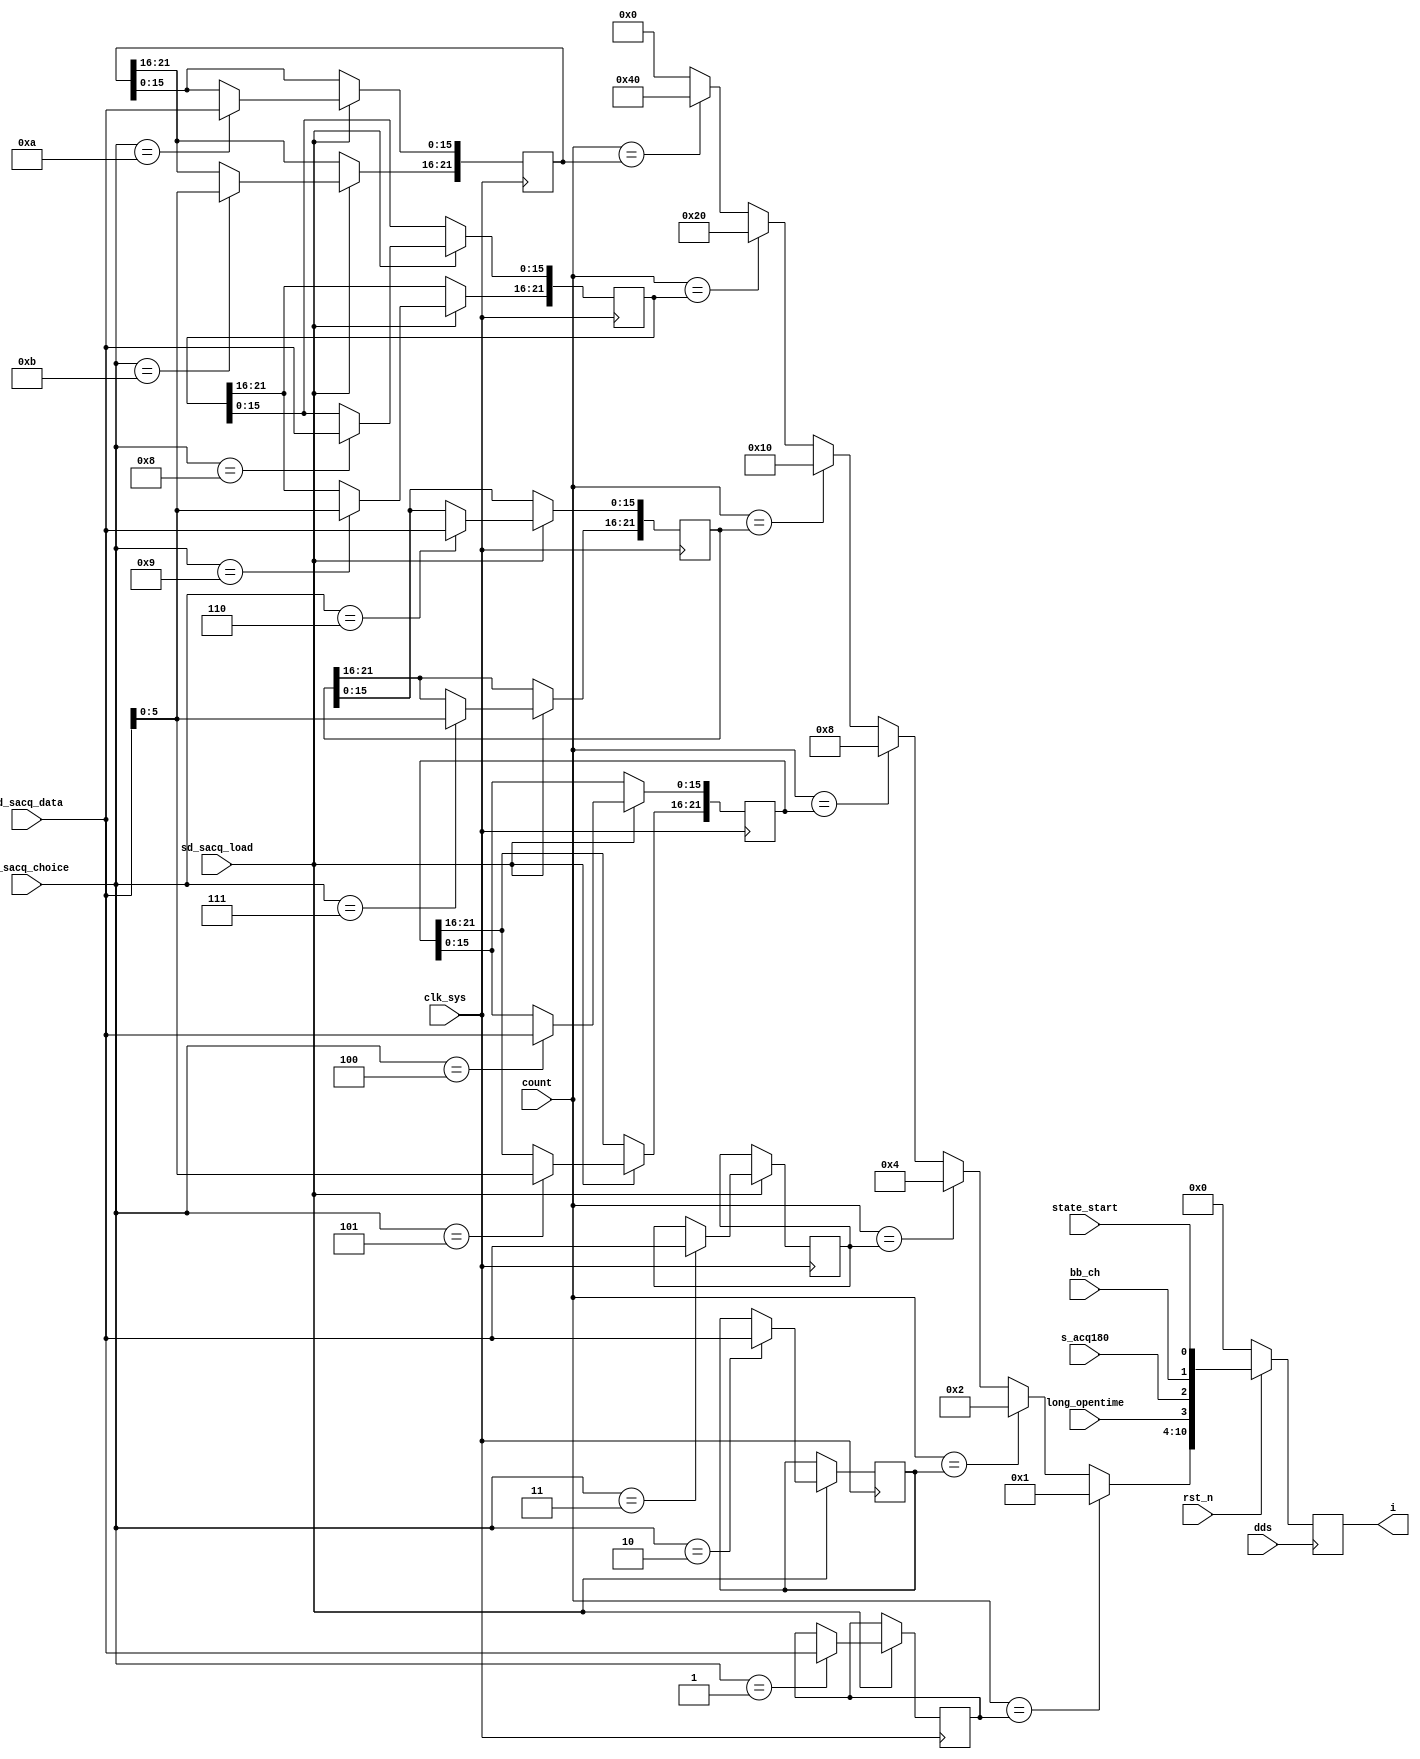
// sd_acq_coder.v
module sd_sacq_coder(
                     clk_sys,
                     dds,
                     rst_n,
                     count,
                     sd_sacq_load,
                     sd_sacq_choice,
                     sd_sacq_data,                
                     state_start,
                     i,
                     bb_ch,
                     s_acq180,
                     long_opentime
                     );
input clk_sys;
input dds;
input rst_n;
input [21:0] count;
input sd_sacq_load;
input [3:0]sd_sacq_choice;
input [15:0]sd_sacq_data;
input state_start;
input bb_ch;
input s_acq180;
input long_opentime;

output reg[10:0] i;

reg [15:0] sd_sacq_data1;
reg [15:0] sd_sacq_data2;
reg [15:0] sd_sacq_data3;
reg [21:0] sd_sacq_data4;
reg [21:0] sd_sacq_data5;

/*  2014-09-22*/
reg [21:0] sd_sacq_data6;
reg [21:0] sd_sacq_data7;
/*=======================*/

reg [6:0] i_reg;



always @ (posedge clk_sys)
    begin
         if(sd_sacq_load == 1'b1)
             begin
                  case(sd_sacq_choice)
                      1:
                          begin
                               sd_sacq_data1 <= sd_sacq_data;
                          end
                      2:
                          begin
                               sd_sacq_data2 <= sd_sacq_data;
                          end
                      3:
                          begin
                               sd_sacq_data3 <= sd_sacq_data;
                          end
                     
                      4:
                          begin
                               sd_sacq_data4[15:0] <= sd_sacq_data;
                          end
                       
                      5:
                          begin
                               sd_sacq_data4[21:16] <= sd_sacq_data[5:0];
                          end
                      
                      6:
                          begin
                               sd_sacq_data5[15:0] <= sd_sacq_data;
                          end
                      
                      7:
                          begin
                               sd_sacq_data5[21:16] <= sd_sacq_data[5:0];
                          end
                      8:
                          begin
                               sd_sacq_data6[15:0] <= sd_sacq_data;    //data6
                          end
                      
                      9:
                          begin
                               sd_sacq_data6[21:16] <= sd_sacq_data[5:0];  //data6
                          end 

                      10:
                          begin
                               sd_sacq_data7[15:0] <= sd_sacq_data;       //data7
                          end
                      
                      11:
                          begin
                               sd_sacq_data7[21:16] <= sd_sacq_data[5:0]; //data7
                          end
                     
                  endcase

                        
            end
        else
            begin
                 sd_sacq_data1 <= sd_sacq_data1;
                 sd_sacq_data2 <= sd_sacq_data2;
                 sd_sacq_data3 <= sd_sacq_data3;               
                 sd_sacq_data4 <= sd_sacq_data4;            
                 sd_sacq_data5 <= sd_sacq_data5;
                 sd_sacq_data6 <= sd_sacq_data6;
                 sd_sacq_data7 <= sd_sacq_data7;
            end
    end


always @ (*)
    begin
         case (count)
             sd_sacq_data1:
                 i_reg = 7'b0000001;
             sd_sacq_data2:
                 i_reg = 7'b0000010;
             sd_sacq_data3:
                 i_reg = 7'b0000100;
             sd_sacq_data4:
                 i_reg = 7'b0001000;
             sd_sacq_data5:
                 i_reg = 7'b0010000;
             sd_sacq_data6:
                 i_reg = 7'b0100000;
             sd_sacq_data7:
                 i_reg = 7'b1000000;
             default:
                 i_reg = 7'b0000000;
         endcase
    end

always @ (posedge dds)
    begin
         if (rst_n == 1'b0)
             i <= 11'b00000000;
         else
             i <= {i_reg,long_opentime,s_acq180,bb_ch,state_start};
    end

endmodule